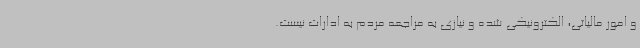
و امور مالیاتی، الکترونیکی شده و نیازی به مراجعه مردم به ادارات نیست.